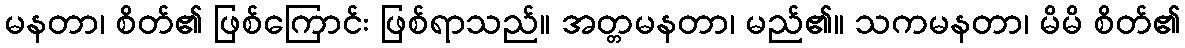
မနတာ၊ စိတ်၏ ဖြစ်ကြောင်း ဖြစ်ရာသည်။ အတ္တမနတာ၊ မည်၏။ သကမနတာ၊ မိမိ စိတ်၏